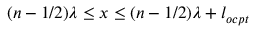
( n - 1 / 2 ) \lambda \le x \le ( n - 1 / 2 ) \lambda + l _ { o c p t }